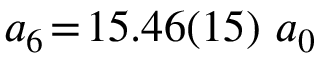
a _ { 6 } \! = \! 1 5 . 4 6 ( 1 5 ) ~ a _ { 0 }